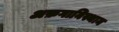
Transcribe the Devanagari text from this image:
अफ़गानिस्थान